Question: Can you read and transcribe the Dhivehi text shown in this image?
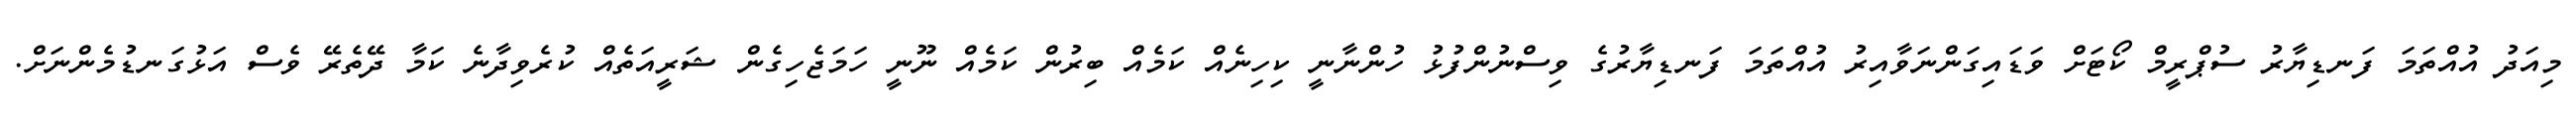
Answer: މިއަދު އުއްތަމަ ފަނޑިޔާރު ސުޕްރީމް ކޯޓަށް ވަޑައިގަންނަވާއިރު އުއްތަމަ ފަނޑިޔާރުގެ ވިސްނުންފުޅު ހުންނާނީ ކިހިނެއް ކަމެއް ބިރުން ކަމެއް ނޫނީ ހަމަޖެހިގެން ޝަރީއަތެއް ކުރެވިދާނެ ކަމާ ދޭތެރޭ ވެސް އަޅުގަނޑުމެންނަށް.